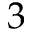
\mathsfit { 3 }